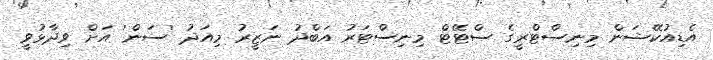
އެޑިއުކޭޝަން މިނިސްޓްރީގެ ސްޓޭޓް މިނިސްޓަރު އަބްދު ނަޒީރު މިއަދު 'ސަން' އަށް ވިދާޅުވީ